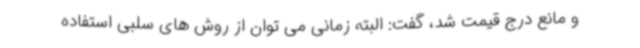
و مانع درج قیمت شد، گفت: البته زمانی می توان از روش های سلبی استفاده